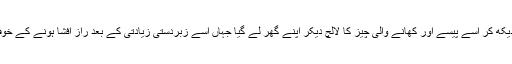
مرکزی ملزم وسیم عرف نومی نے دوران تفتیش بتایا کہ بچے کو اکیلا دیکھ کر اسے پیسے اور کھانے والی چیز کا لالچ دیکر اپنے گھر لے گیا جہاں اسے زبردستی زیادتی کے بعد راز افشا ہونے کے خوف سے گلا دبا کر ہلاک کر دیا بعدازاں بوری میں بند کرکے پھینک دیا۔